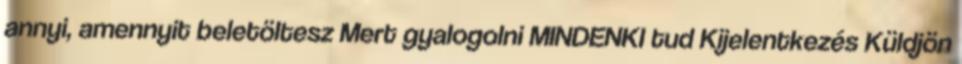
annyi, amennyit beletöltesz Mert gyalogolni MINDENKI tud Kijelentkezés Küldjön